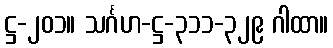
ဋ္ဌ-၂၀၁။ သင်္ဂဟ-ဋ္ဌ-၃၁၁-၃၂၉ ဂါထာ။